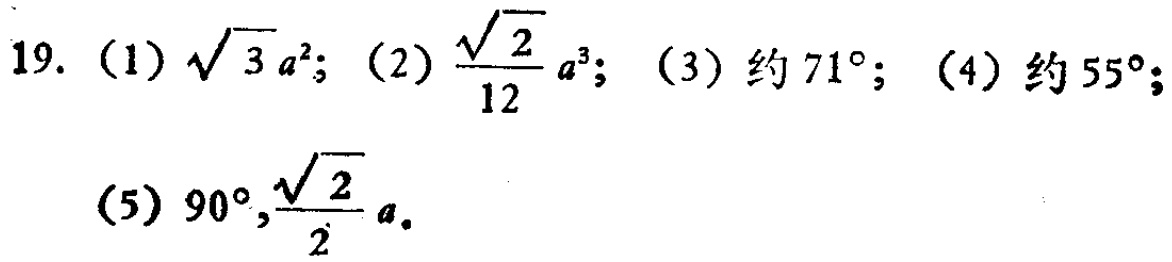
19. (1) $\sqrt{3}a^{2}$; (2) $\frac{\sqrt{2}}{12}a^{3}$; (3) 约 $71^{\circ}$; (4) 约 $55^{\circ}$; (5) $90^{\circ},\frac{\sqrt{2}}{2}a$.